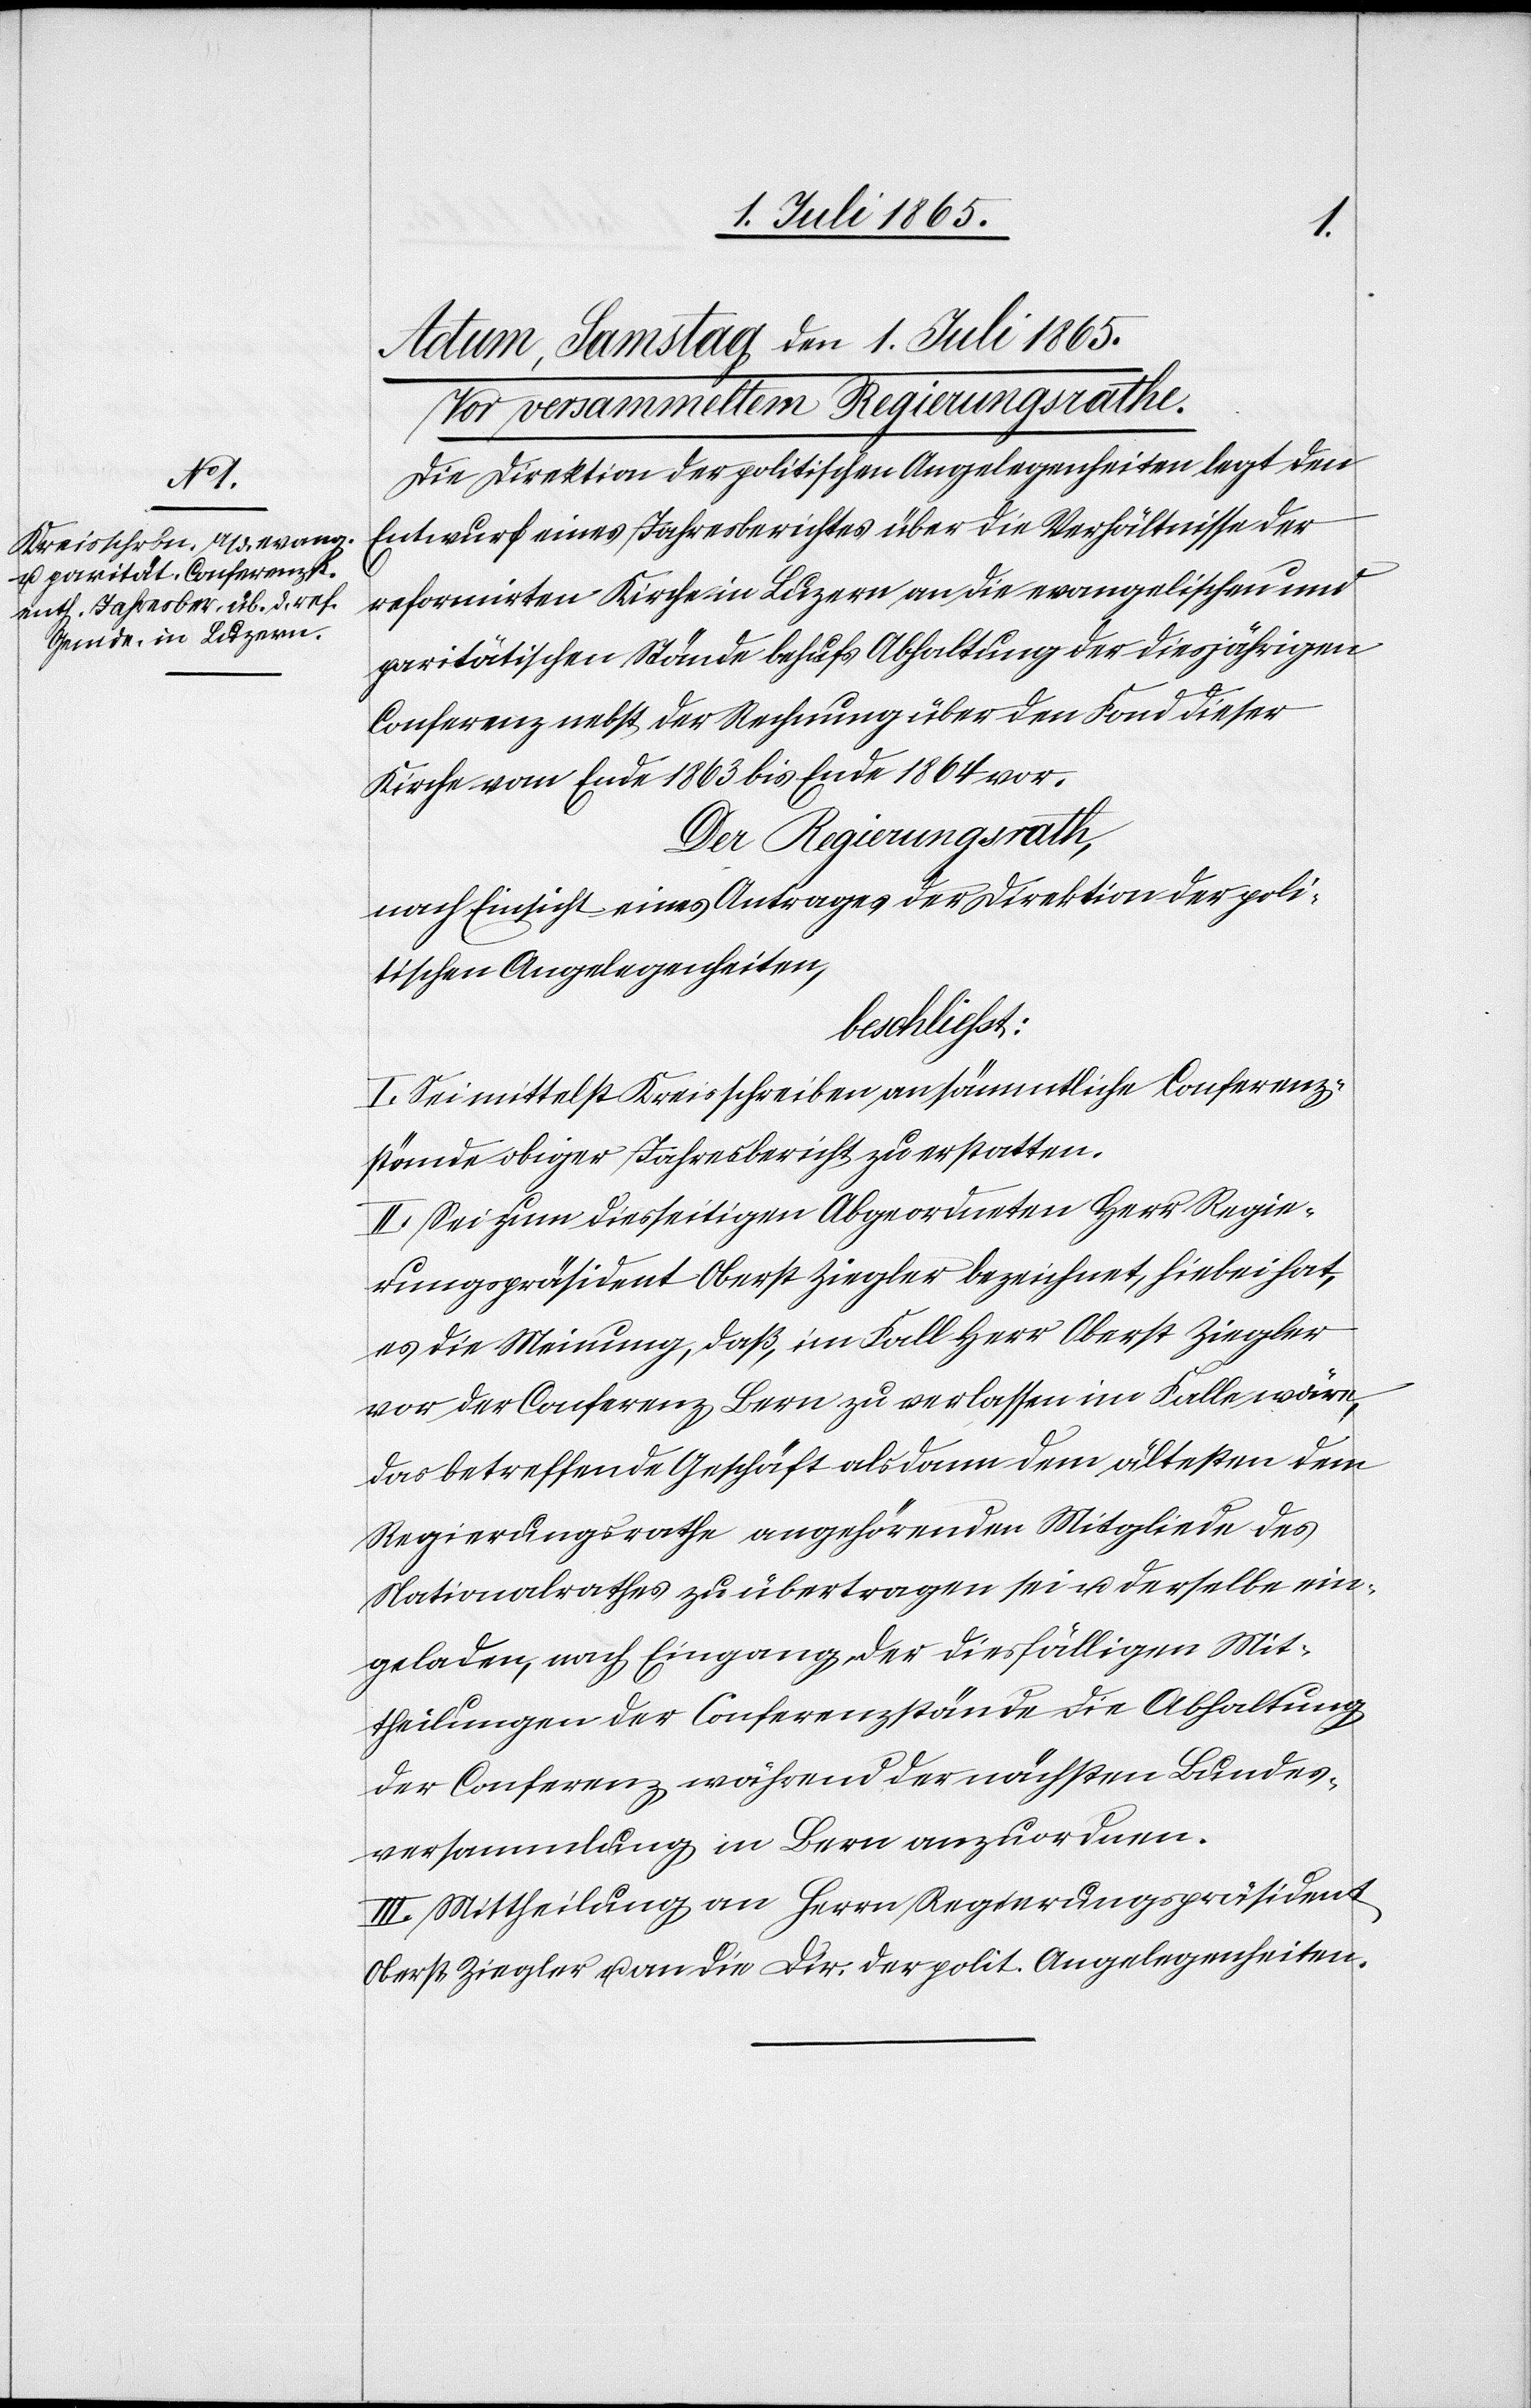
Die Direktion der politischen Angelegenheiten legt den
Entwurf eines Jahresberichtes über die Verhältnisse der
reformirten Kirche in Luzern an die evangelischen und
paritätischen Stände behufs Abhaltung der diesjährigen
Conferenz nebst der Rechnung über den Fond dieser
Kirche vom Ende 1863 bis Ende 1864 vor.
Der Regierungsrath,
nach Einsicht eines Antrages der Direktion der poli¬
tischen Angelegenheiten,
beschliesst:
I. Sei mittelst Kreisschreiben an sämmtliche Conferenz¬
stände obiger Jahresbericht zu erstatten.
II. Sei zum diesseitigen Abgeordneten Herr Regie¬
rungspräsident Oberst Ziegler bezeichnet, hiebei hat,
es die Meinung, daß, im Fall Herr Oberst Ziegler
vor der Conferenz Bern zu verlassen im Falle wäre,
das betreffende Geschäft alsdann dem ältesten dem
Regierungsrathe angehörenden Mitgliede des
Nationalrathes zu übertragen sei u. derselbe ein¬
geladen, nach Eingang, der diesfälligen Mit¬
theilungen der Conferenzstände die Abhaltung
der Conferenz während der nächsten Bundes¬
versammlung in Bern anzuordnen.
III. Mittheilung an Herrn Regierungspräsident
Oberst Ziegler u. an die Dir. der polit. Angelegenheiten.